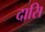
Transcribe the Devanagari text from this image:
दासि